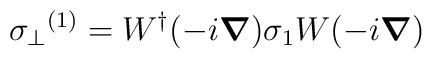
{\sigma_{\perp}}^{(1)} = W^{\dag} (-i \mbox{\boldmath $\nabla$}) \sigma_{1} W (-i \mbox{\boldmath $\nabla$}) \nonumber